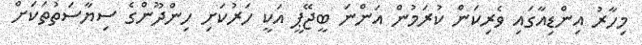
މިހާރު އިންޑިއާގައި ވެރިކަން ކުރަމުން އަންނަ ބީޖޭޕީ އަކީ ހަރުކަށި ހިންދޫންގެ ސިޔާސަތުތަކަށް